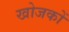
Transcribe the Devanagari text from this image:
खोजकों